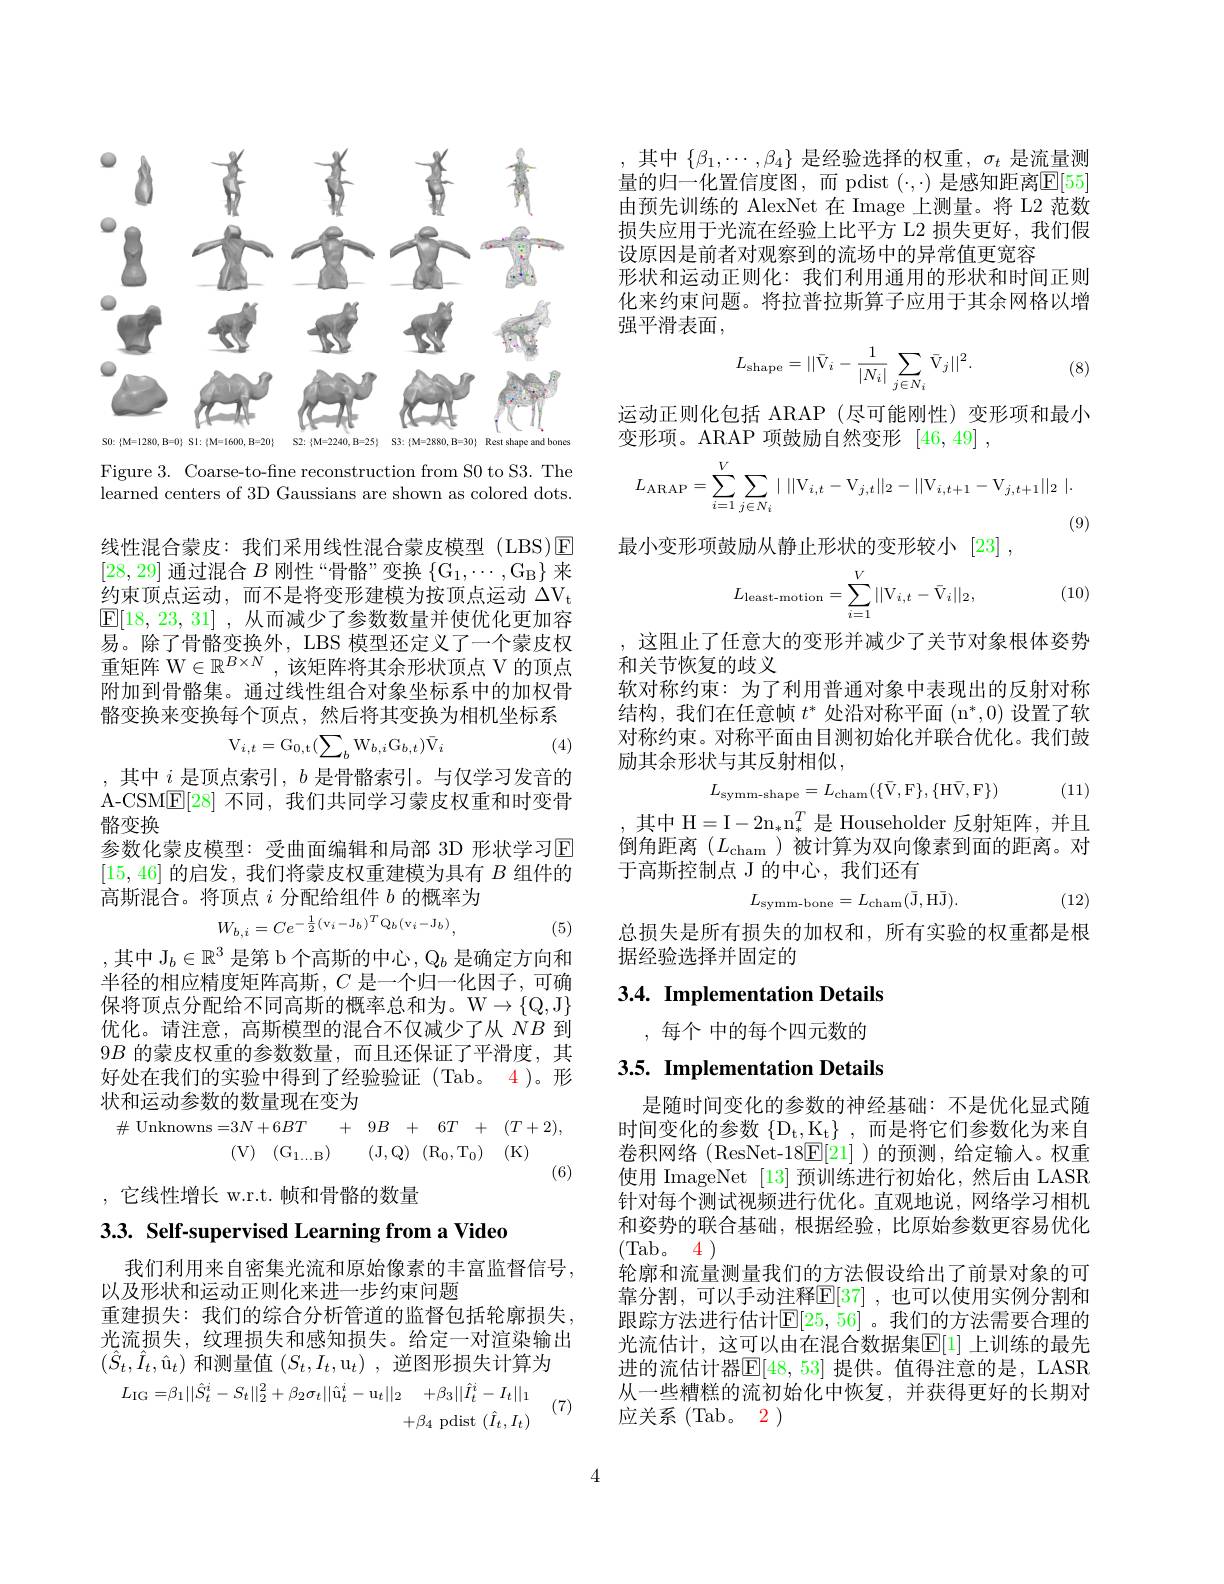
<FigureHere>

Figure 3. Coarse-to-fine reconstruction from S0 to S3. The learned centers of 3D Gaussians are shown as colored dots.

线性混合蒙皮：我们采用线性混合蒙皮模型(LBS)☑ [28, 29]通过混合$B$刚性“骨骼”变换$\{\mathrm{G}_1,\cdots,\mathrm{G}_{\mathrm{B}}\}$来约束顶点运动，而不是将变形建模为按顶点运动$\Delta V_t$ $\underline {{\mathrm{E} }}[ 18, 23, 31]$ ,从而减少了参数数量并使优化更加容易。除了骨骼变换外，LBS 模型还定义了一个蒙皮权重矩阵 W$\in\mathbb{R}^{B\times N}$,该矩阵将其余形状顶点 V 的顶点附加到骨骼集。通过线性组合对象坐标系中的加权骨骼变换来变换每个顶点，然后将其变换为相机坐标系
$$\mathrm V_{i,t}=\mathrm G_{0,\mathrm t}(\sum_{b}\mathrm W_{b,i}\mathrm G_{b,t})\bar V_i$$
(4)

,其中$i$是顶点索引$,b$是骨骼索引。与仅学习发音的A-CSM$\underline{\mathrm{E}}[28]$不同，我们共同学习蒙皮权重和时变骨骼变换
参数化蒙皮模型：受曲面编辑和局部 3D 形状学习$\mathbb{E}$ [15,46]的启发，我们将蒙皮权重建模为具有$B$组件的高斯混合。将顶点$i$分配给组件$b$的概率为
$$W_{b,i}=Ce^{-\frac{1}{2}(\mathrm{v}_{i}-\mathrm{J}_{b})^{T}\mathrm{Q}_{b}(\mathrm{v}_{i}-\mathrm{J}_{b})},$$
(5)

,其中 J$_b\in\mathbb{R}^3$是第 b 个高斯的中心$,\mathbb{Q}_b$是确定方向和半径的相应精度矩阵高斯，$C$是一个归一化因子，可确保将顶点分配给不同高斯的概率总和为。W$\to\{\mathbb{Q},\mathbb{J}\}$ 优化。请注意，高斯模型的混合不仅减少了从$\dot{NB}$到9$B$的蒙皮权重的参数数量，而且还保证了平滑度，其好处在我们的实验中得到了经验验证(Tab。4)。形状和运动参数的数量现在变为
$$\begin{aligned}\#\:\mathrm{Unknowns}=&3N+6BT\quad+\quad9B\quad+\quad6T\quad+\quad(T+2),\\&(\mathrm{V})\quad(\mathrm{G}_{1\ldots\mathrm{B}})\quad(\mathrm{J},\mathrm{Q})\quad(\mathrm{R}_{0},\mathrm{T}_{0})\quad(\mathrm{K})\end{aligned}$$
,它线性增长 w.r.t. 帧和骨骼的数量

$3. 3. \textbf{ Self- supervised Learning from a Video}$

我们利用来自密集光流和原始像素的丰富监督信号，
以及形状和运动正则化来进一步约束问题
重建损失：我们的综合分析管道的监督包括轮廓损失， 光流损失，纹理损失和感知损失。给定一对渲染输出$(\hat{S}_{t},\hat{I}_{t},\hat{\mathrm{u}}_{t})$和测量值$(S_{t},I_{t},\mathrm{u}_{t})$,逆图形损失计算为

(7)
$$\begin{aligned}L_{\mathrm{IG}}=&\beta_{1}||\hat{S}_{t}^{i}-S_{t}||_{2}^{2}+\beta_{2}\sigma_{t}||\hat{\mathrm{u}}_{t}^{i}-\mathrm{u}_{t}||_{2}\quad+\beta_{3}||\hat{I}_{t}^{i}-I_{t}||_{1}\\&+\beta_{4}\:\mathrm{pdist}\:(\hat{I}_{t},I_{t})\end{aligned}$$
其中$\{\beta_1,\cdots,\beta_4\}$是经验选择的权重$,\sigma_t$是流量测量的归一化置信度图，而 pdist $(\cdot,\cdot)$ 是感知距离$\mathbb{E}[55]$ 由预先训练的 AlexNet 在 Image 上测量。将 L2 范数损失应用于光流在经验上比平方 L2 损失更好，我们假设原因是前者对观察到的流场中的异常值更宽容
形状和运动正则化：我们利用通用的形状和时间正则化来约束问题。将拉普拉斯算子应用于其余网格以增强平滑表面，
$$L_{\mathrm{shape}}=||\bar{\mathrm V}_{i}-\frac{1}{|N_{i}|}\sum_{j\in N_{i}}\bar{\mathrm V}_{j}||^{2}.$$
(8)

运动正则化包括 ARAP (尽可能刚性)变形项和最小
变形项。ARAP 项鼓励自然变形[46,49],
$$L_{\mathrm{ARAP}}=\sum_{i=1}^{V}\sum_{j\in N_{i}}|\:||\mathrm{V}_{i,t}-\mathrm{V}_{j,t}||_{2}-||\mathrm{V}_{i,t+1}-\mathrm{V}_{j,t+1}||_{2}\:|.$$
(9)
最小变形项鼓励从静止形状的变形较小 [23],
$$L_{\text{least-motion}}=\sum_{i=1}^{V}||\mathrm V_{i,t}-\bar{\mathrm V}_{i}||_{2},$$
(10)

这阻止了任意大的变形并减少了关节对象根体姿势
和关节恢复的歧义
软对称约束：为了利用普通对象中表现出的反射对称结构，我们在任意帧$t^*$处沿对称平面$(\mathrm{n}^*,0)$设置了软对称约束。对称平面由目测初始化并联合优化。我们鼓励其余形状与其反射相似，

(11)
$$L_{\text{symm-shape}}=L_{\text{cham}}(\{\bar{\mathrm{V}},\mathrm{F}\},\{\mathrm{H}\bar{\mathrm{V}},\mathrm{F}\})$$
其中 H=I$- 2n_* \mathrm{n} _* ^T$是 Householder 反射矩阵，并且

倒角距离$(L_\mathrm{cham}$ )被计算为双向像素到面的距离。对
于高斯控制点 J 的中心，我们还有
$$L_{\mathrm{symm-bone}}=L_{\mathrm{cham}}(\bar{\mathrm{J}},\mathrm{H}\bar{\mathrm{J}}).$$
(12)

总损失是所有损失的加权和，所有实验的权重都是根
据经验选择并固定的

## 3.4. Implementation Details

,每个 中的每个四元数的

3.5. Implementation Details

是随时间变化的参数的神经基础：不是优化显式随时间变化的参数$\{ D_t$, $K_t\} $,而是将它们参数化为来自卷积网络(ResNet-18$\underline{\mathrm{F}}[21]$)的预测，给定输入。权重使用 ImageNet [13]预训练进行初始化，然后由 LASR 针对每个测试视频进行优化。直观地说，网络学习相机和姿势的联合基础，根据经验，比原始参数更容易优化(Tab。4)
轮廓和流量测量我们的方法假设给出了前景对象的可靠分割，可以手动注释$\mathbb{E}[37]$ ,也可以使用实例分割和跟踪方法进行估计$\mathbb{E}[25,56]$ 。我们的方法需要合理的光流估计，这可以由在混合数据集$\mathbb{E}[1]$ 上训练的最先进的流估计器$\mathbb{E}[48,53]$ 提供。值得注意的是，LASR 从一些糟糕的流初始化中恢复，并获得更好的长期对应关系(Tab。2)

4